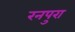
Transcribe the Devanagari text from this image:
रनपुरा